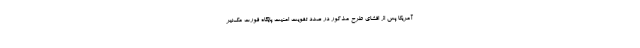
آمریکا پس از افشای طرح مذکور در صدد تقویت امنیت پایگاه فورت مک‌نیر